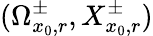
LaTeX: (\Omega_{x_{0},r}^{\pm},X_{x_{0},r}^{\pm})